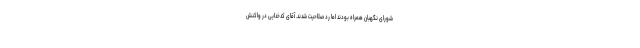
شورای نگهبان همراه بودند اما رد صلاحیت شدند. آقای کدخدایی در واکنش